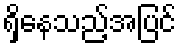
ရှိနေသည့်အပြင်